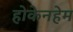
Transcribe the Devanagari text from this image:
होकेनहेम